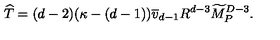
{ \widehat T } = ( d - 2 ) ( \kappa - ( d - 1 ) ) { \overline { v } } _ { d - 1 } R ^ { d - 3 } { \widetilde M } _ { P } ^ { D - 3 } .